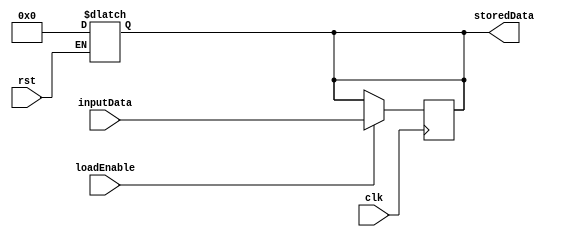
module reg32 (clk, storedData, inputData, loadEnable, rst);
  input [31:0] inputData;
  input clk, rst, loadEnable;
  output [31:0] storedData;
  reg [31:0] storedData;
  always @ (rst)
    begin
      if (rst) 
    	#1 storedData = 0; 
    end
  always @ (posedge clk)
      if (loadEnable)
        #1 storedData = inputData;
      else
        #1 storedData = storedData;

endmodule